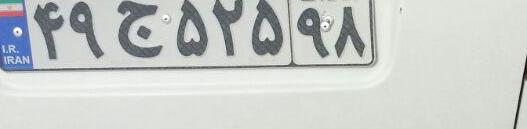
۴۹ج۵۲۵۹۸